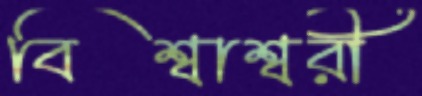
বিশ্বাশ্বরী